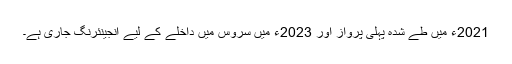
2021ء میں طے شدہ پہلی پرواز اور 2023ء میں سروس میں داخلے کے لیے انجینئرنگ جاری ہے۔